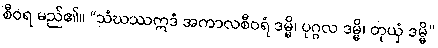
စီဝရ မည်၏။ “သံဃဿဣဒံ အကာလစီဝရံ ဒမ္မိ၊ ပုဂ္ဂလ ဒမ္မိ၊ တုယှံ ဒမ္မိ”